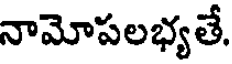
నామోపలభ్యతే.